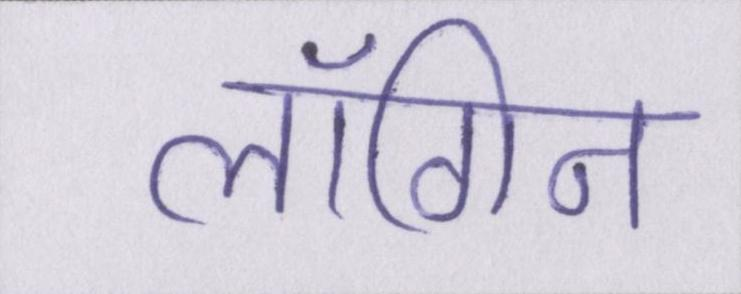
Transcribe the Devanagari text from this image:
लॉगिन